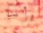
وأنا